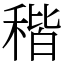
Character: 稭